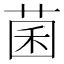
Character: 菌